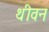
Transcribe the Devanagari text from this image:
थीवन